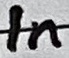
Text: In